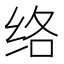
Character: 络